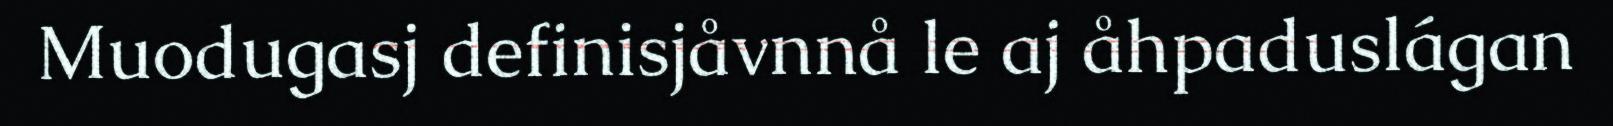
Muodugasj definisjåvnnå le aj åhpaduslágan